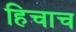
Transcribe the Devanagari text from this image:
हिचाच